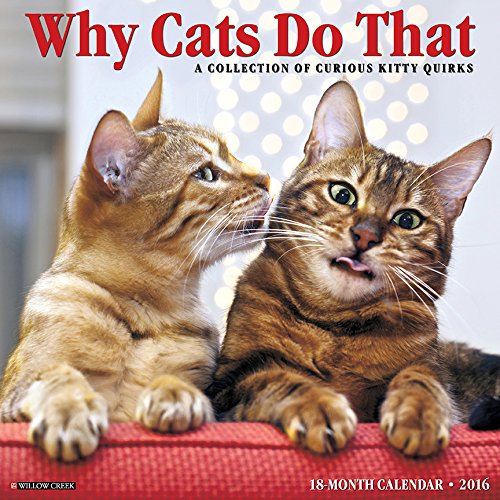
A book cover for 2016 Why Cats Do That Wall Calendar; Willow Creek Press; Calendars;